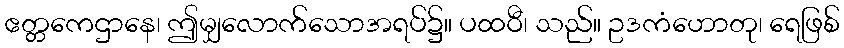
ဧတ္တကေဌာနေ၊ ဤမျှလောက်သောအရပ်၌။ ပထဝီ၊ သည်။ ဥဒကံဟောတု၊ ရေဖြစ်